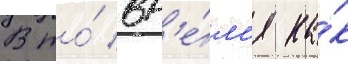
В то́ вр'е́м'я ка́к